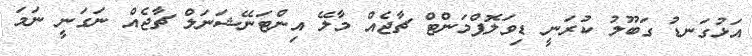
އަޅުގަނޑު ގަބޫލު ކުރަނީ ޑިވަލޮޕްމަންޓް ޗާޖެއް މާލޭ އިންޓަނޭޝަނަލް ޗާޖެއް ނަގަނީ ނަމަ